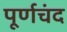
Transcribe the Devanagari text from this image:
पूर्णचंद